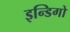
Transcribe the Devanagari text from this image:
इन्डिगो